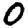
Digit: 0